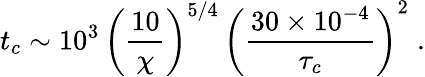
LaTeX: t_{c}\sim 10^{3}\, \left(\frac{10}{\chi}\right)^{5/4}\, \left(\frac{30\times 10^{-4}}{\tau_{c}}\right)^{2}\; .